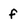
Character: f